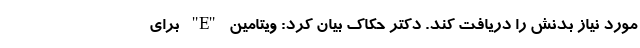
مورد نیاز بدنش را دریافت کند. دکتر حکاک بیان کرد: ویتامین "E" برای